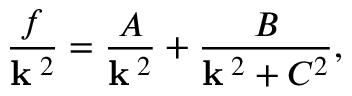
{ \frac { f } { { \bf k } ^ { \; 2 } } } = { \frac { A } { { \bf k } ^ { \; 2 } } } + { \frac { B } { { \bf k } ^ { \; 2 } + C ^ { 2 } } } ,